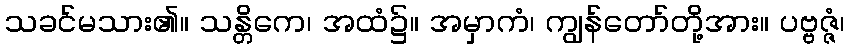
သခင်မသား၏။ သန္တိကေ၊ အထံ၌။ အမှာကံ၊ ကျွန်တော်တို့အား။ ပဗ္ဗဇ္ဇံ၊